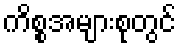
ကိစ္စအများစုတွင်